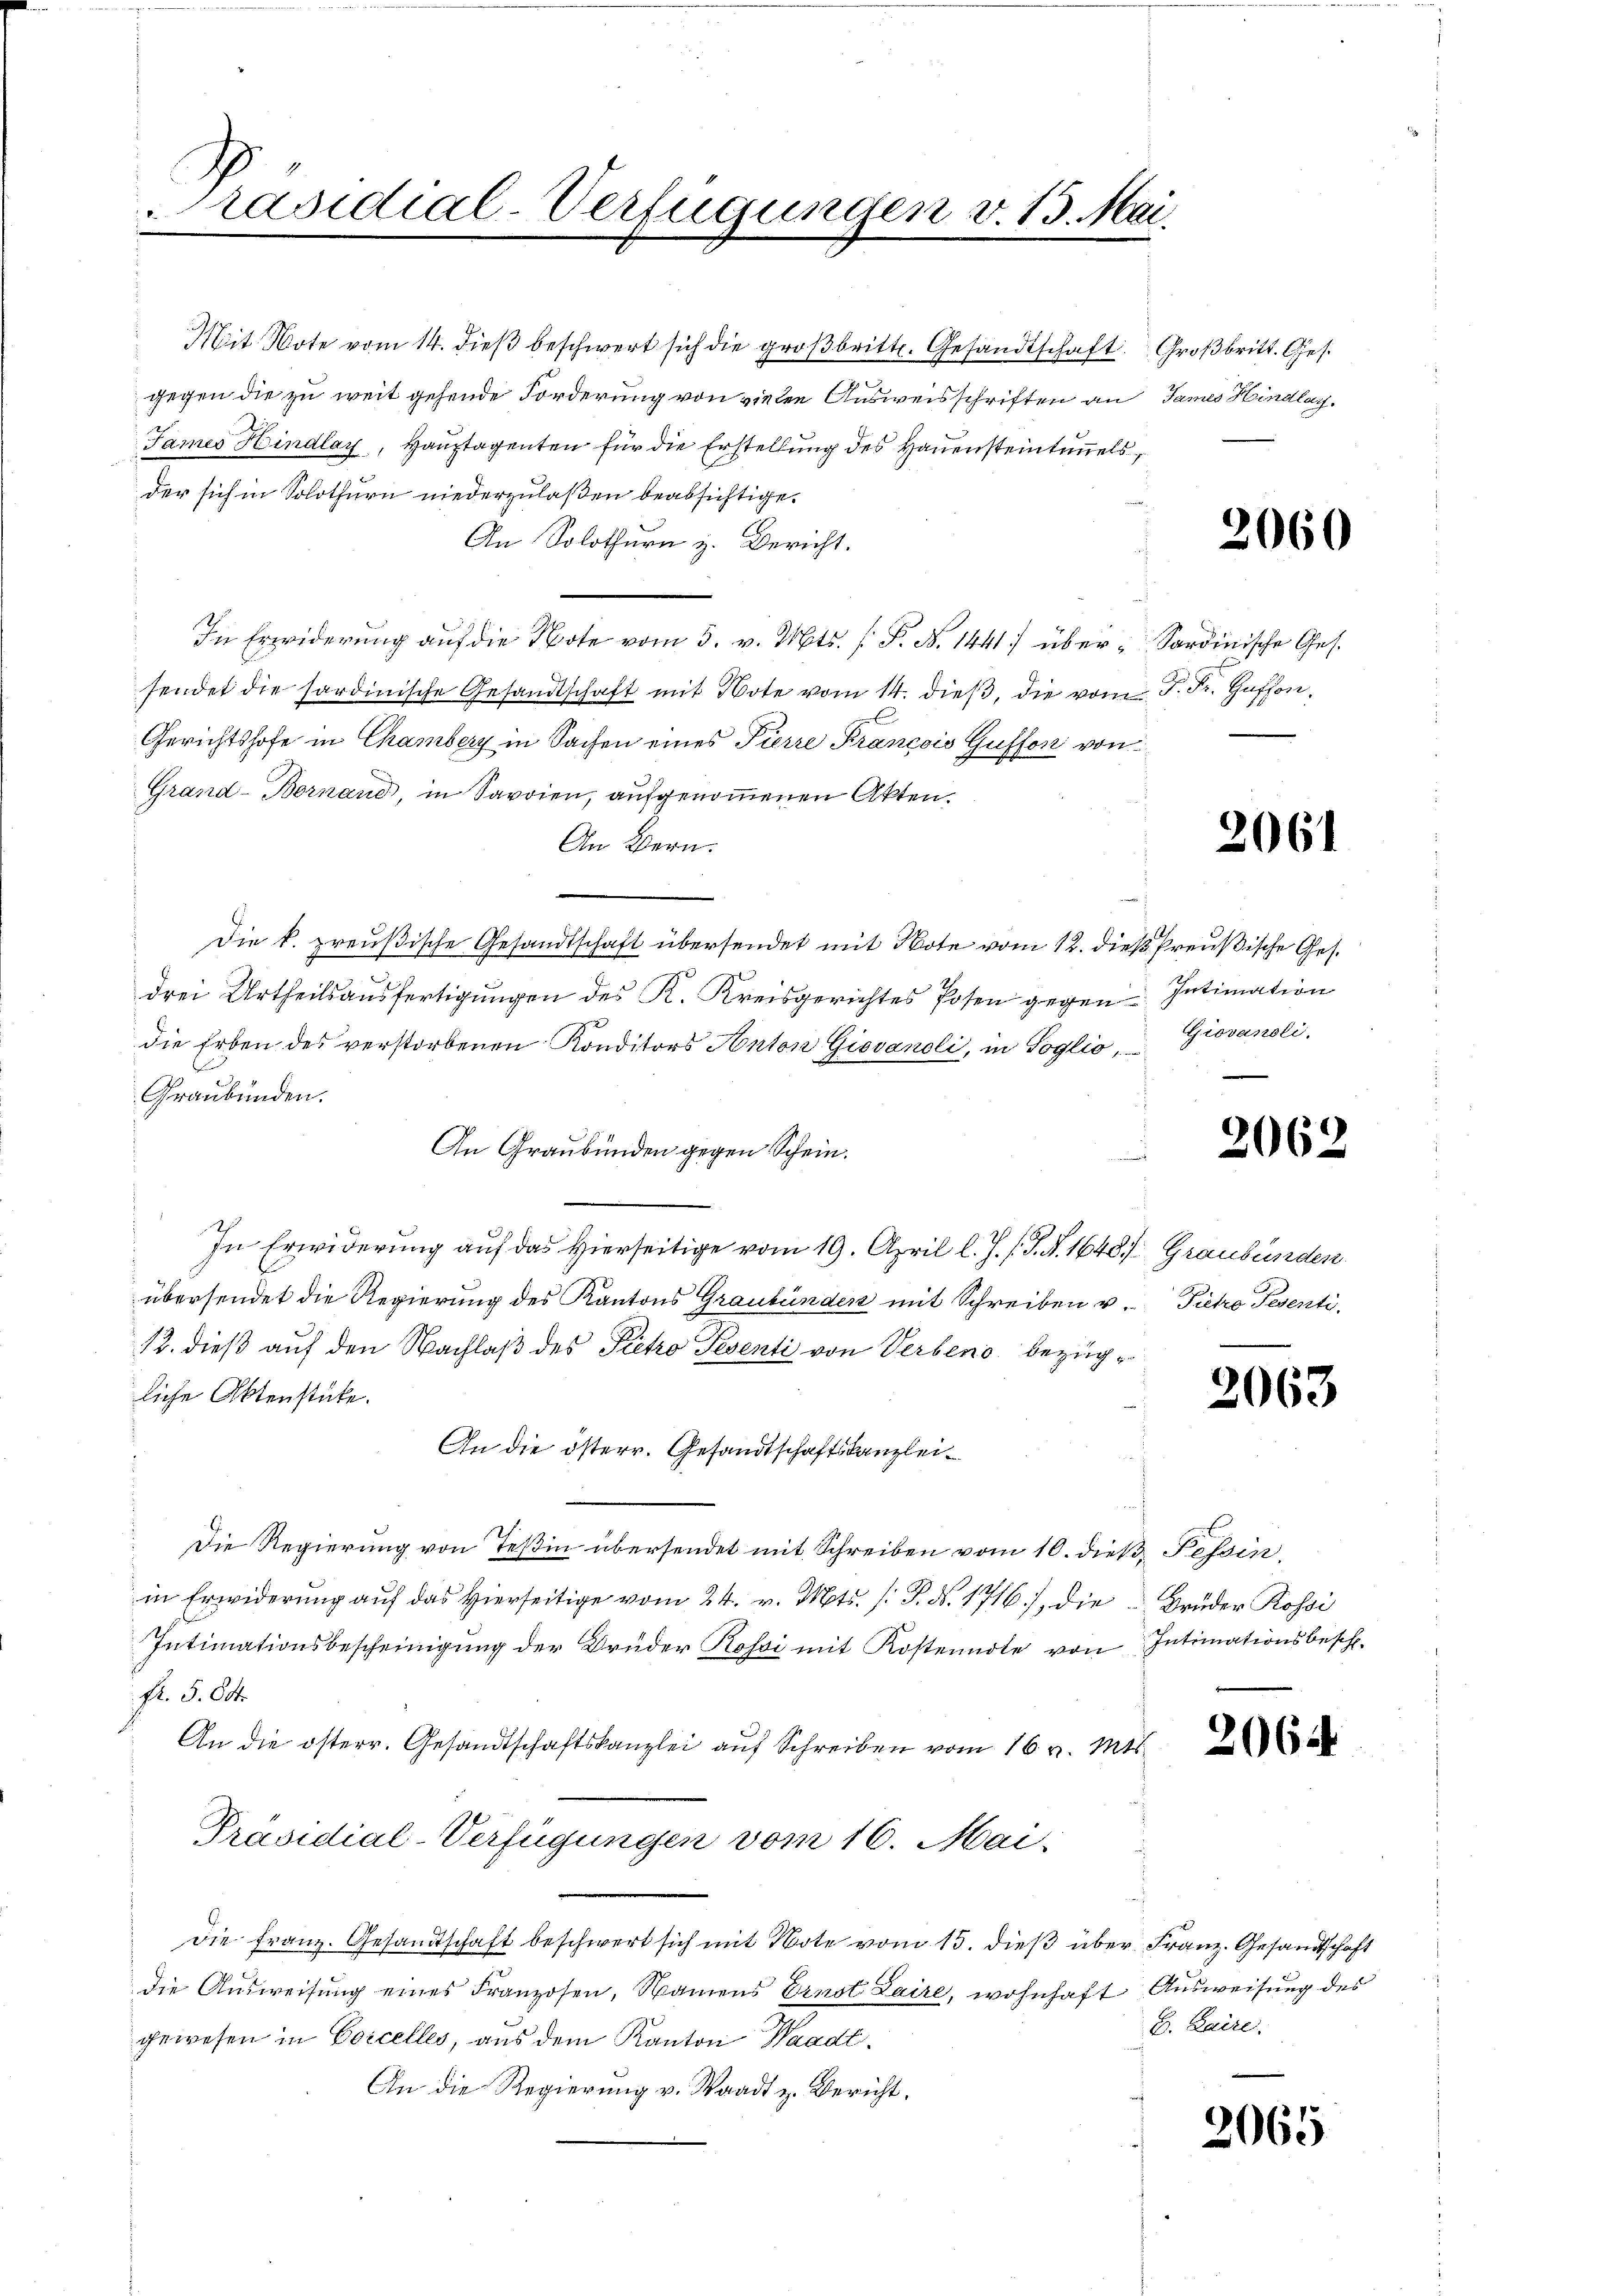
räsidial-Verfügungen v. 13. Mai.

Mit Note vom 14. dieβ beschwert sich die groβbritt. Gesandtschaft Großbritt. Ges.
gegen die zu weit gehende Forderung von vielen Ausweisschriften an James Hindlag
James Hindlay, Hauptagenten für die Erstellung des Hauensteintunnels,
der sich in Solothurn niederzulaßen beabsichtige.
An Solothurn z. Bericht.
In Erwiderung auf die Note vom 5. v. Mts. (T. N. 1441 über- Sardinische Ges.
sendet die sardinische Gesandtschaft mit Note vom 14. dieβ, die vom J. Fr. Goffon,
Gerichtshofe in Chamberg in Sachen eines Pierre Francois Gusson von
Grand-Bornaud, in Savoien, aufgenommenen Akten.
An Bern.
Die k. preußische Gesandtschaft übersendet mit Note vom 12. dieß Preußische Ges.
drei Urtheilsausfertigungen des K. Kreisgerichtes Posen gegen Intimation
die Erben des verstorbenen Konditors Anton Giovanoli, in Soglio,
Graubünden.
An Graubünden gegen Schein.
In Erwiderung auf das Hierseitige vom 19. April l. J. J. J. N. 1648) Graubünden
übersendet die Regierung des Kantons Graubünden mit Schreiben v. Pieto Tesenti,
12. dieß auf den Nachlaß des Pietro Pesenti von Verben bezügliche Aktenstücke.
An die österr. Gesandtschaftskanzlei¬
Die Regierung von Teßin übersendet mit Schreiben vom 10. dieß, Tessin,
in Erwiderung aŭf das hierseitige vom 24. v. Mts. /: P. Nr. 1716), die Brüder Rossi
Intimationsbescheinigung der Brüder Rossi mit Kostennote von Intimationsbeschl.
Fr. 5. 64
An die österr. Gesandtschaftskanzlei auf Schreiben vom 16. v. Mts.
Präsidial-Verfügungen vom 16. Mai:
die Franz. Gesandtschaft beschwert sich mit Note vom 15. dieß über Franz. Gesandtschaft
die Ausweisung eines Franzosen, Namens Ernst Laire, wohnhaft Ausweisung des
gewesen in Coccelles, aus dem Kanton Waadt.
An die Regierung v. Waadt z. Bericht.

2060

2061

Giovanoli.

2062

2063

2064

B. Baire.

3065